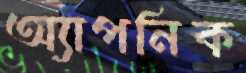
অ্যাপনিক